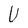
Character: U